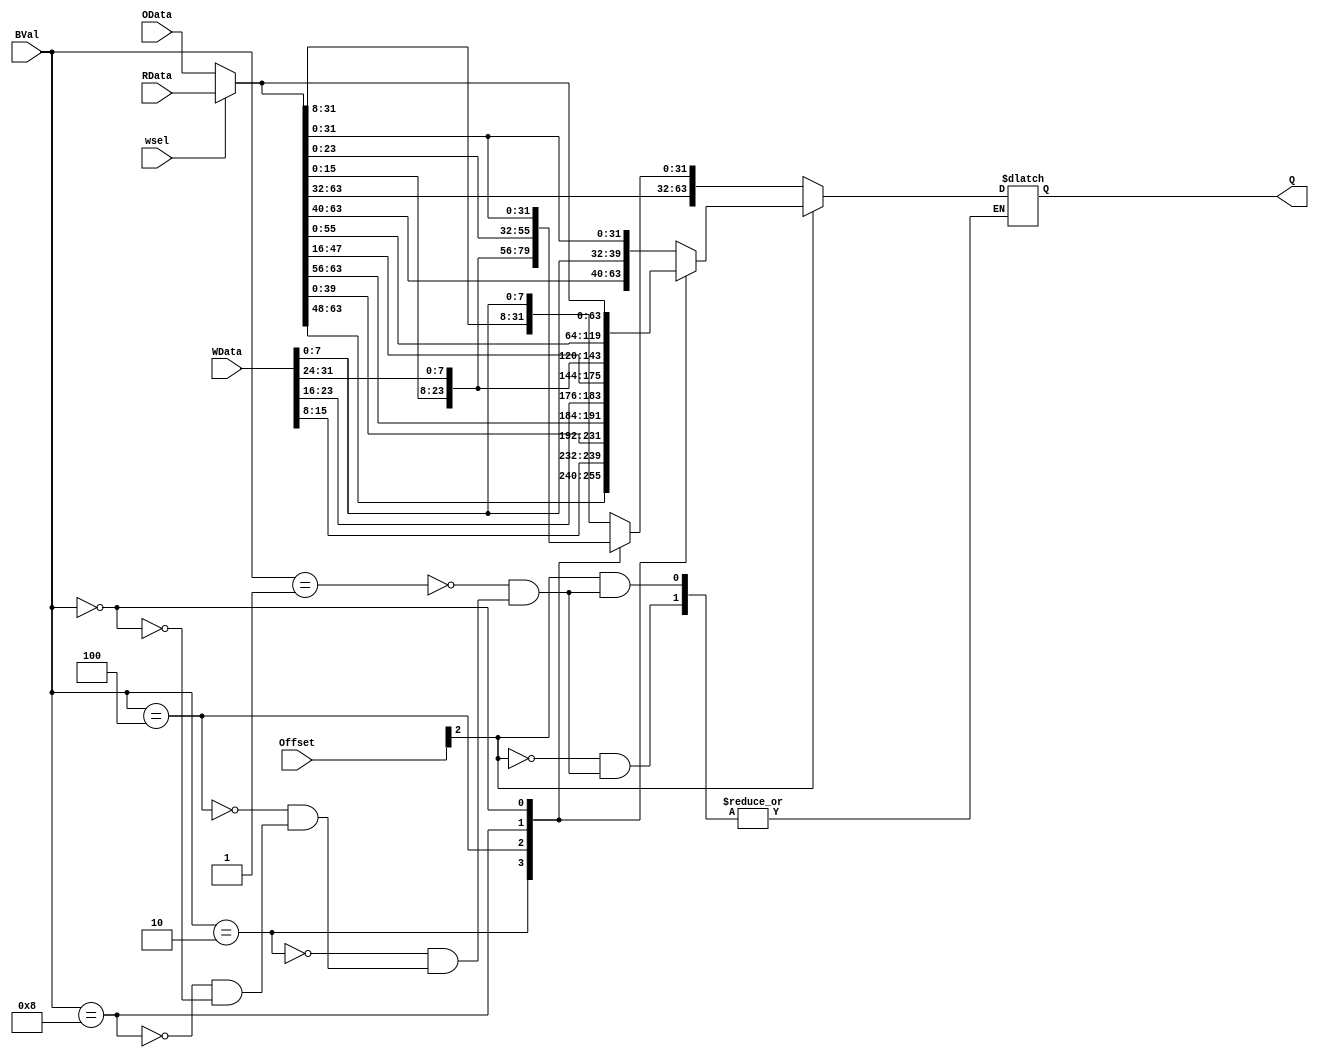
`timescale 1ns / 1ps
//////////////////////////////////////////////////////////////////////////////////
// Company: 
// Engineer: 
// 
// Design Name: 
// Module Name: ks2
// Project Name: 
// Target Devices: 
// Tool Versions: 
// Description: 
// 
// Dependencies: 
// 
// Revision:
// Revision 0.01 - File Created
// Additional Comments:
// 
//////////////////////////////////////////////////////////////////////////////////


module ks2(
    input               [31:0] WData,
    input               [63:0] RData,
    input               [63:0] OData,
    input               [3:0] BVal,
    input               [2:0] Offset,
    input               wsel,
    output  reg         [63:0] Q

    );
    
    wire [63:0] ActiveData = wsel == 'b0 ? OData : RData;
    
    always@(*) begin
        if (Offset[2] == 'b0) begin
            case(BVal)
                'b0001: Q <= {ActiveData[63:8], WData[7:0]};
                'b0010: Q <= {ActiveData[63:16], WData[15:8], ActiveData[7:0]};
                'b0100: Q <= {ActiveData[63:24], WData[23:16], ActiveData[15:0]};
                'b1000: Q <= {ActiveData[63:32], WData[31:24], ActiveData[23:0]};
                'b0000: Q <= ActiveData;
            endcase
        end
        else begin
            case(BVal)
                'b0001: Q <= {ActiveData[63:40], WData[7:0], ActiveData[31:0]} ;
                'b0010: Q <= {ActiveData[63:48], WData[15:8], ActiveData[39:0]};
                'b0100: Q <= {ActiveData[63:56], WData[23:16], ActiveData[47:0]};
                'b1000: Q <= {WData[31:24], ActiveData[55:0]};
                'b0000: Q <= ActiveData;
            endcase
        end
    end
    
endmodule